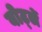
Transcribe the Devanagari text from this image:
वोर्ट्ले